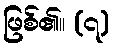
ဖြစ်၏။ (၇)